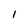
Character: 1